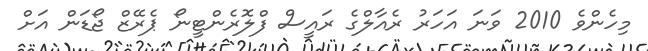
މިހެންވެ 2010 ވަނަ އަހަރު ރެއާލްގެ ރައީސް ފްލޮރެންޓީނޯ ޕެރޭޒް ޖޯޑަން އަށް